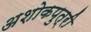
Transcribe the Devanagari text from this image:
अशोकपुत्री